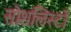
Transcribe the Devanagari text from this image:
सोशलिस्टों